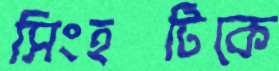
সিংহটিকে